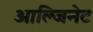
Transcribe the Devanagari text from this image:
आल्जिनेट